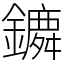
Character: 𨭤